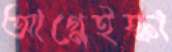
আগ্নেইস্কা